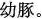
幼豚。